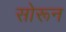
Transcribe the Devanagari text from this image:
सोरून